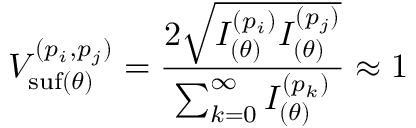
V _ { \mathrm { s u f } ( \theta ) } ^ { ( p _ { i } , p _ { j } ) } = \frac { 2 \sqrt { I _ { ( \theta ) } ^ { ( p _ { i } ) } I _ { ( \theta ) } ^ { ( p _ { j } ) } } } { \sum _ { k = 0 } ^ { \infty } I _ { ( \theta ) } ^ { ( p _ { k } ) } } \approx 1